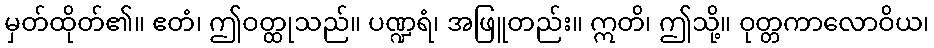
မှတ်ထိုတ်၏။ ဧတံ၊ ဤဝတ္ထုသည်။ ပဏ္ဍရံ၊ အဖြူတည်း။ ဣတိ၊ ဤသို့။ ဝုတ္တကာလောဝိယ၊